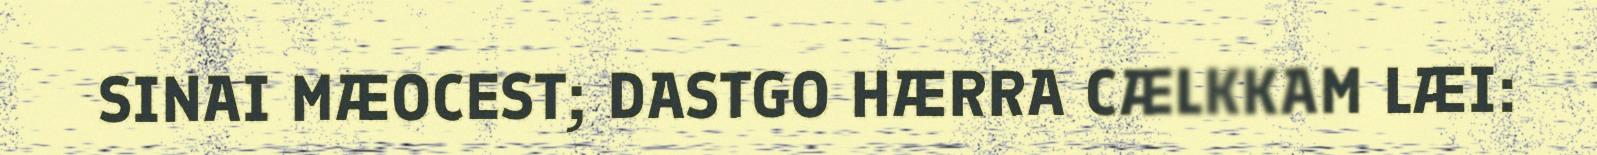
SINAI MÆOCEST; DASTGO HÆRRA CÆLKKAM LÆI: